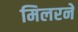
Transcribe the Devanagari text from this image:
मिलरने